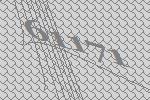
61171